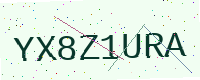
Text: YX8Z1URA